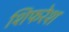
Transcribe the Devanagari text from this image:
शिफरेश